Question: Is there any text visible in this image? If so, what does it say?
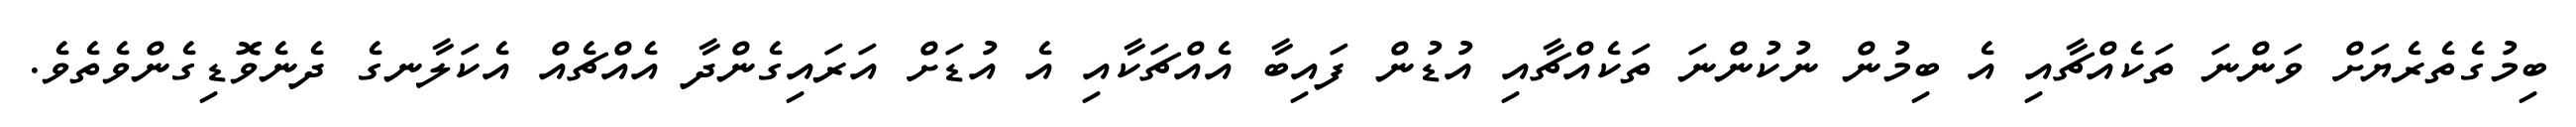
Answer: ބިމުގެތެރެޔަށް ވަންނަ ތަކެއްޗާއި އެ ބިމުން ނުކުންނަ ތަކެއްޗާއި އުޑުން ފައިބާ އެއްޗަކާއި އެ އުޑަށް އަރައިގެންދާ އެއްޗެއް އެކަލާނގެ ދެނެވޮޑިގެންވެތެވެ.